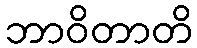
ဘာဝိတာတိ